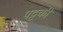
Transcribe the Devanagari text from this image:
पट्टकी